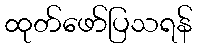
ထုတ်ဖော်ပြသရန်